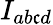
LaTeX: I_{ab\mathfrak{c}d}